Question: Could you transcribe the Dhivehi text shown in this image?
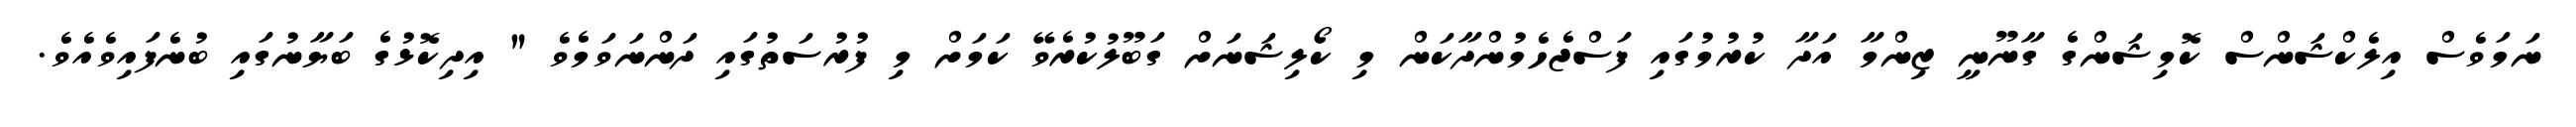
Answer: ނަމަވެސް އިލެކްޝަންސް ކޮމިޝަންގެ ގާނޫނީ ޒިންމާ އަދާ ކުރުމުގައި ފަސްޖެހެމުންދާކަން މި ކޯލިޝަނަށް ގަބޫލުކުރެވޭ ކަމަށް މި ފުރުސަތުގައި ދަންނަވަމެވެ " އިދިކޮޅުގެ ބަޔާނުގައި ބުނެފައިވެއެވެ.